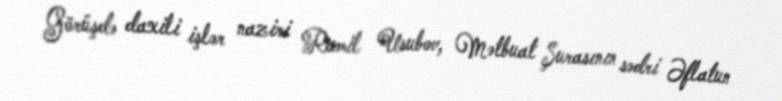
Görüşdə daxili işlər naziri Ramil Usubov, Mətbuat Şurasının sədri Əflatun